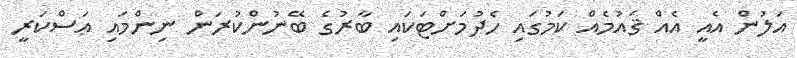
އަލުން އެއީ އެއް ޤައުމެއް ކަމުގައި ހެދުމަށްޓަކައި ބާރުގެ ބޭނުންކުރަން ނިންމައި ޢަސްކަރީ